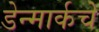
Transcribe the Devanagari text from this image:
डेन्मार्कचे